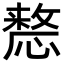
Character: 𢡷